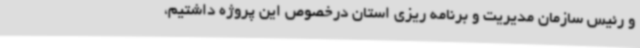
و رئیس سازمان مدیریت و برنامه ریزی استان درخصوص این پروژه داشتیم،